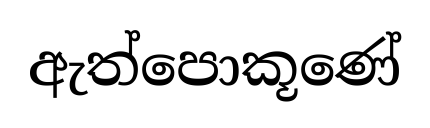
ඇත්පොකූණේ